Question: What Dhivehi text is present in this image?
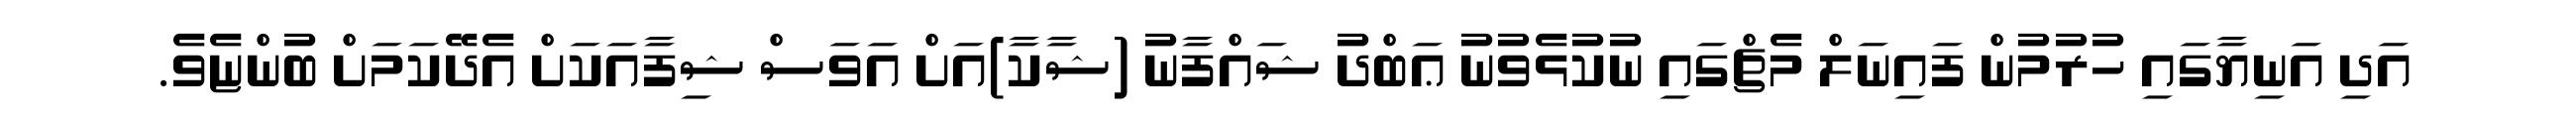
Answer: އަދި އަނިޔާގައި ހުރުމުން ފައިނަލް މެޗްގައި ނުކުޅެވުނު ޢަބްދު ޝައްފާނު (ޝާކާ)އަށް އަވަސް ޝިފާއަކަށް އެދޭކަމަށް ބުންޏެވެ.